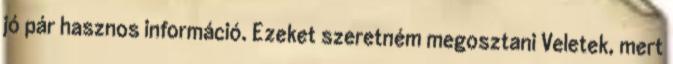
jó pár hasznos információ. Ezeket szeretném megosztani Veletek, mert